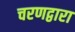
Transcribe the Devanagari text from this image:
चरणद्वारा